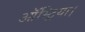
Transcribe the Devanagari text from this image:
ऑस्ट्रिया।